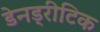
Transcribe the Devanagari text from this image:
डेनड्रीटिक